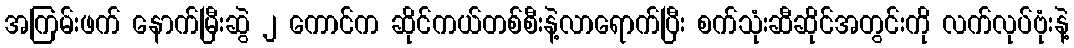
အကြမ်းဖက် နောက်မြီးဆွဲ ၂ ကောင်က ဆိုင်ကယ်တစ်စီးနဲ့လာရောက်ပြီး စက်သုံးဆီဆိုင်အတွင်းကို လက်လုပ်ဗုံးနဲ့